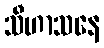
သီဟာသနေ